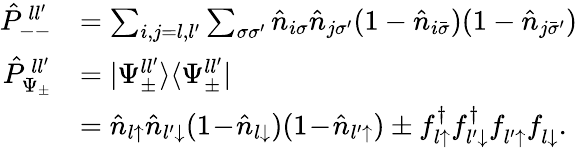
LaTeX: \begin{array}{rl}{\hat{P}_{--}^{\, ll^{\prime}}}&{=\sum_{i,j=l,l^{\prime}}\sum_{\sigma\sigma^{\prime}}\hat{n}_{i\sigma}\hat{n}_{j\sigma^{\prime}}(1-\hat{n}_{i\bar{\sigma}})(1-\hat{n}_{j\bar{\sigma}^{\prime}})}\\ {\hat{P}_{\Psi_{\pm}}^{\, ll^{\prime}}}&{=|\Psi_{\pm}^{ll^{\prime}}\rangle\langle\Psi_{\pm}^{ll^{\prime}}|}\\ &{=\hat{n}_{l\uparrow}\hat{n}_{l^{\prime}\downarrow}(1\! -\! \hat{n}_{l\downarrow})(1\! -\! \hat{n}_{l^{\prime}\uparrow})\pm f_{l\uparrow}^{\dagger}f_{l^{\prime}\downarrow}^{\dagger}f_{l^{\prime}\uparrow}^{\phantom{\dagger}}f_{l\downarrow}^{\phantom{\dagger}}.}\end{array}